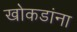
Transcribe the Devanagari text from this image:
खोकडांना